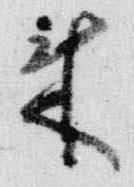
来